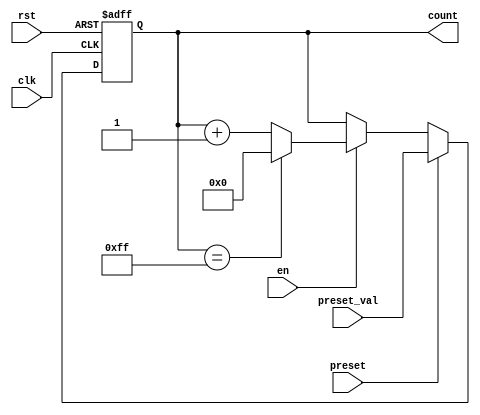
module presettable_counter (
    input wire clk,              // Clock signal
    input wire rst,              // Asynchronous reset signal
    input wire preset,           // Preset control signal
    input wire [7:0] preset_val, // Preset value input (8-bit)
    input wire en,              // Enable signal
    output reg [7:0] count       // Current count output (8-bit)
);

    // Define the maximum count value based on the bit-width
    parameter MAX_COUNT = 8'hFF; // 255 for an 8-bit counter

    // Always block for counter operation
    always @(posedge clk or posedge rst) begin
        if (rst) begin
            // Asynchronous reset
            count <= 8'b0; // Reset count to zero
        end else if (preset) begin
            // Load preset value
            count <= preset_val; // Load the preset value
        end else if (en) begin
            // Increment count if enabled
            if (count == MAX_COUNT) begin
                count <= 8'b0; // Wrap around to zero
            end else begin
                count <= count + 1'b1; // Increment count
            end
        end
        // If neither reset nor preset nor enable is active, hold the current value
    end

endmodule